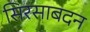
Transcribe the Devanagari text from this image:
सिरसाबदन